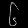
Digit: ၆